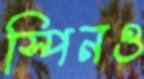
স্পিনও